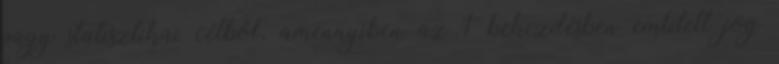
vagy statisztikai célból, amennyiben az 1 bekezdésben említett jog